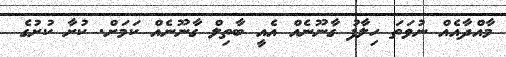
މާއްދާއެއް ނުވަތަ ހިލާފު ގާނޫނެއް އެއީ ބާތިލް ގާނޫނެއް ކަމަށް. ކުށާ ކުށުގެ